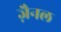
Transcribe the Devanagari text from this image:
ज़ैनल